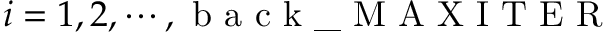
i = 1 , 2 , \cdots , \mathrm { ~ b ~ a ~ c ~ k ~ \_ ~ M ~ A ~ X ~ I ~ T ~ E ~ R ~ }